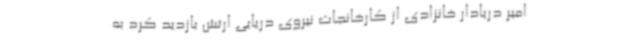
امیر دریادار خانزادی از کارخانجات نیروی دریایی ارتش بازدید کرد به